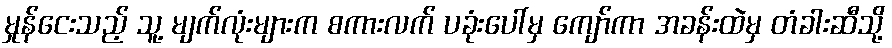
မှုန်ငေးသည့် သူ့ မျက်လုံးများက စကားလက် ပခုံးပေါ်မှ ကျော်ကာ အခန်းထဲမှ တံခါးဆီသို့